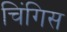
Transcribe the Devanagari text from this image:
चिंगिस